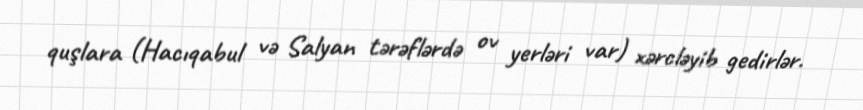
quşlara (Hacıqabul və Salyan tərəflərdə ov yerləri var) xərcləyib gedirlər.